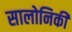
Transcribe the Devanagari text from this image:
सालोनिकी